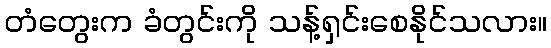
တံတွေးက ခံတွင်းကို သန့်ရှင်းစေနိုင်သလား။